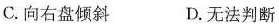
C.向右盘倾斜 D.无法判断